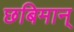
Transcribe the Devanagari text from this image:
छबिमान्